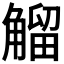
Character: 𧤝